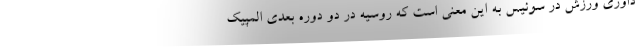
داوری ورزش در سوئیس به این معنی است که روسیه در دو دوره بعدی المپیک